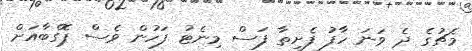
މެޗުގެ ދެ ވަނަ ހާފު ފެށިތާ ފަސް މިނެޓު ފަހުން ވެސް ޕޮގްބާއަށް